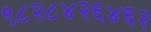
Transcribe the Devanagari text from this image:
९८२८४२६४६२